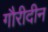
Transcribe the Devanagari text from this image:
गौरीदीन